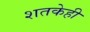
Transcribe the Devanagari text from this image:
शतकेही